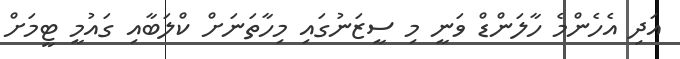
އަދި އެހެންމެ ހާލަންޑް ވަނީ މި ސީޒަނުގައި މިހާތަނަށް ކްލަބާއި ގައުމީ ޓީމަށް